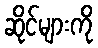
ဆိုင်များကို